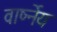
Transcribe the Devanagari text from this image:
वार्ष्नेय